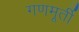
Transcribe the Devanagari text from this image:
गणमूर्ती